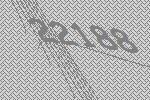
22188